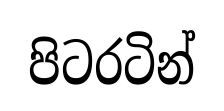
පිටරටින්